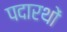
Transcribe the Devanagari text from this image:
पदारथों